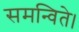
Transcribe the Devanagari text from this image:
समन्विते।